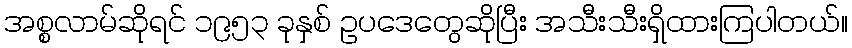
အစ္စလာမ်ဆိုရင် ၁၉၅၃ ခုနှစ် ဥပဒေတွေဆိုပြီး အသီးသီးရှိထားကြပါတယ်။